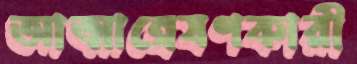
আত্মান্বেষণকারী